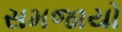
સમજાયો